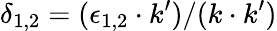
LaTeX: \delta_{1,2}=(\epsilon_{1,2}\cdot k^{\prime})/(k\cdot k^{\prime})